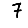
Digit: 7